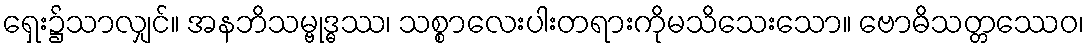
ရှေး၌သာလျှင်။ အနဘိသမ္ဗုဒ္ဓဿ၊ သစ္စာလေးပါးတရားကိုမသိသေးသော။ ဗောဓိသတ္တဿေဝ၊